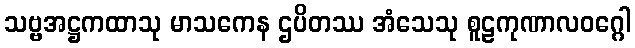
သဗ္ဗအဋ္ဌကထာသု မာသကေန ဌပိတဿ အံသေသု စူဠကုဏာလဝဂ္ဂေါ